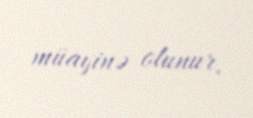
müayinə olunur.